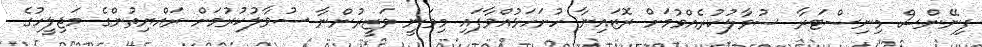
ފިނޭންސް މިނިސްޓަރާ ސުވާލުކުރެއްވުމަށް ރޮޒައިނާ ހުށަހަޅުއްވާފައި މިވަނީ ވަޒީރުންނާ ސުވާލުކުރުމަށް ރައްޔިތުންގެ މަޖިލީހުގެ